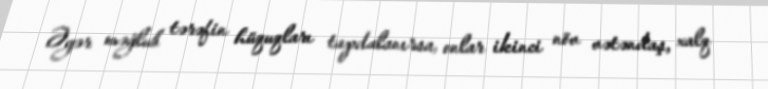
Əgər məğlub tərəfin hüquqları tapdalanırsa, onlar ikinci növ vətəndaş, xalq